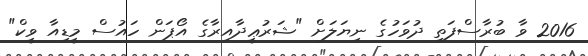
2016 ވާ ބުރާސްފަތި ދުވަހުގެ ނިޔަލަށް "ޝަރުޢީދާއިރާގެ އޯޕަން ހައުސް މީޑިއާ ވީކް"